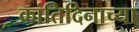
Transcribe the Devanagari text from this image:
क्रांतिदिनाच्या